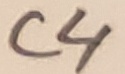
Text: C4